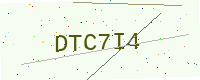
Text: DTC7I4